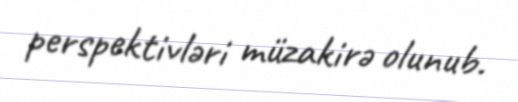
perspektivləri müzakirə olunub.